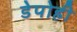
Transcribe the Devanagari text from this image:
डेपोही